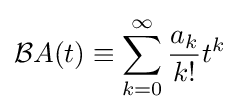
{\mathcal {B}}A(t)\equiv \sum _{k=0}^{\infty }{\frac {a_{k}}{k!}}t^{k}